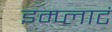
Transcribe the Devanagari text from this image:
इम्प्लाटं